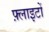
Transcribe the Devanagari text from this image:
फ़्लाइटों